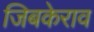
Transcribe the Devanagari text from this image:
जिबकेराव